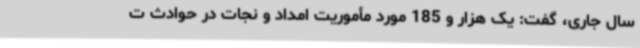
سال جاری، گفت: یک هزار و 185 مورد مأموریت امداد و نجات در حوادث ت